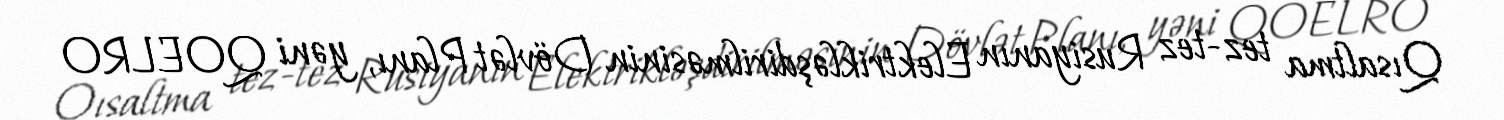
Qısaltma tez-tez Rusiyanın Elektrikləşdirilməsinin Dövlət Planı, yəni QOELRO